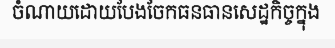
ចំណាយដោយបែងចែកធនធានសេដ្ឋកិច្ចក្នុង